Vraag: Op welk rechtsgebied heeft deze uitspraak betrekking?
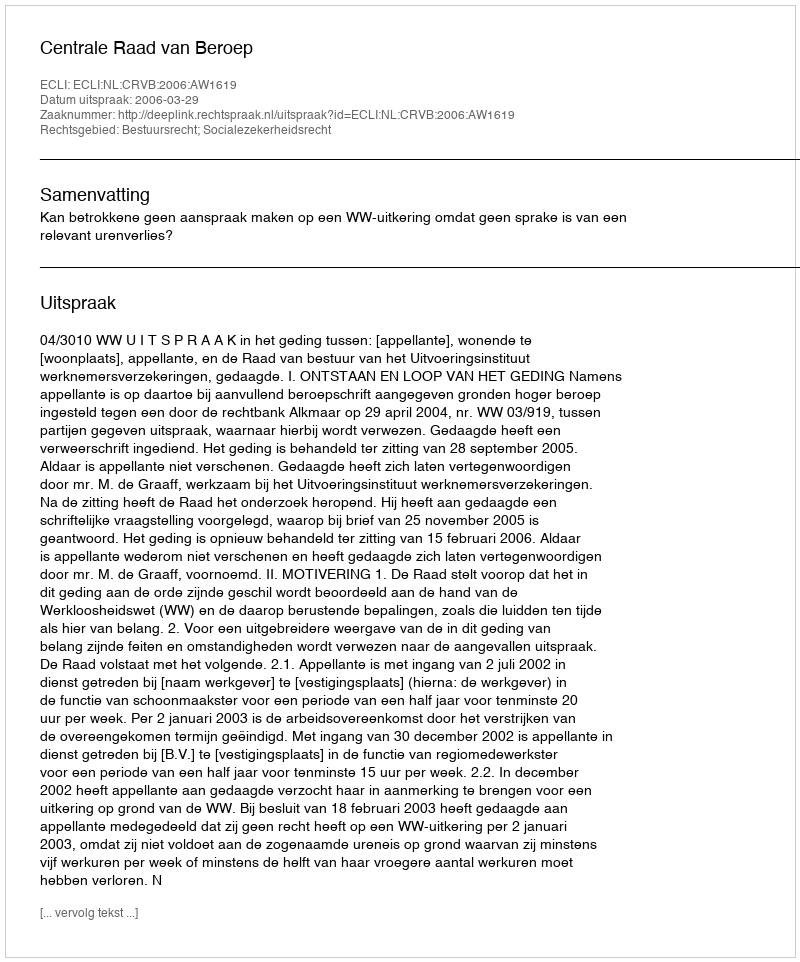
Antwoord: Bestuursrecht; Socialezekerheidsrecht